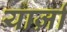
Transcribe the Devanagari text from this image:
यार्ज़ा